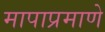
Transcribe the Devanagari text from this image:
मापाप्रमाणे